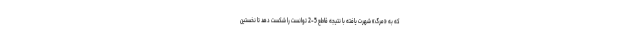
که به «مرگ» شهرت یافته با نتیجه قاطع 5-2 توانست را شکست دهد تا نخستین